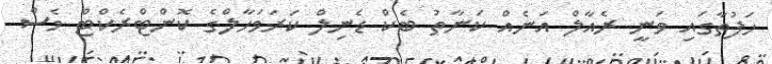
ހަފުތާގައި ވަނީ ރެއާލް އަނެއް ކަނާތު ބެކް ޑެނިލް ކަރަވަހާލްގެ ކޮންޓްރެކްޓް ވެސް